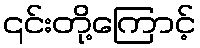
၎င်းတို့ကြောင့်